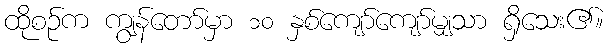
ထိုစဉ်က ကျွန်တော်မှာ ၁၀ နှစ်ကျော်ကျော်မျှသာ ရှိသေး၏။